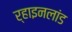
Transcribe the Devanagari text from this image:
र्‍हाइनलांड